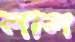
লাল